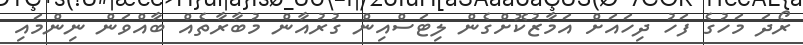
ރޯދަ މަހުގެ ފަހު ދިހައަށް އަމާޒުކޮށްގެން ލިޓަސްއިން ގުރުއާން މުބާރާތެއް ބާއްވަން ނިންމައި